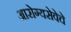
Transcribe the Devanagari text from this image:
आरोग्यसेवेचे